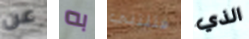
عن به قتلتني الذي